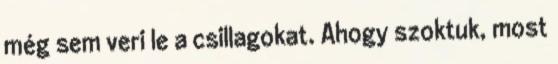
még sem veri le a csillagokat. Ahogy szoktuk, most